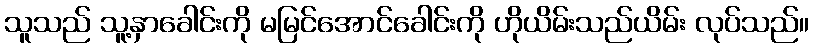
သူသည် သူ့နှာခေါင်းကို မမြင်အောင်ခေါင်းကို ဟိုယိမ်းသည်ယိမ်း လုပ်သည်။